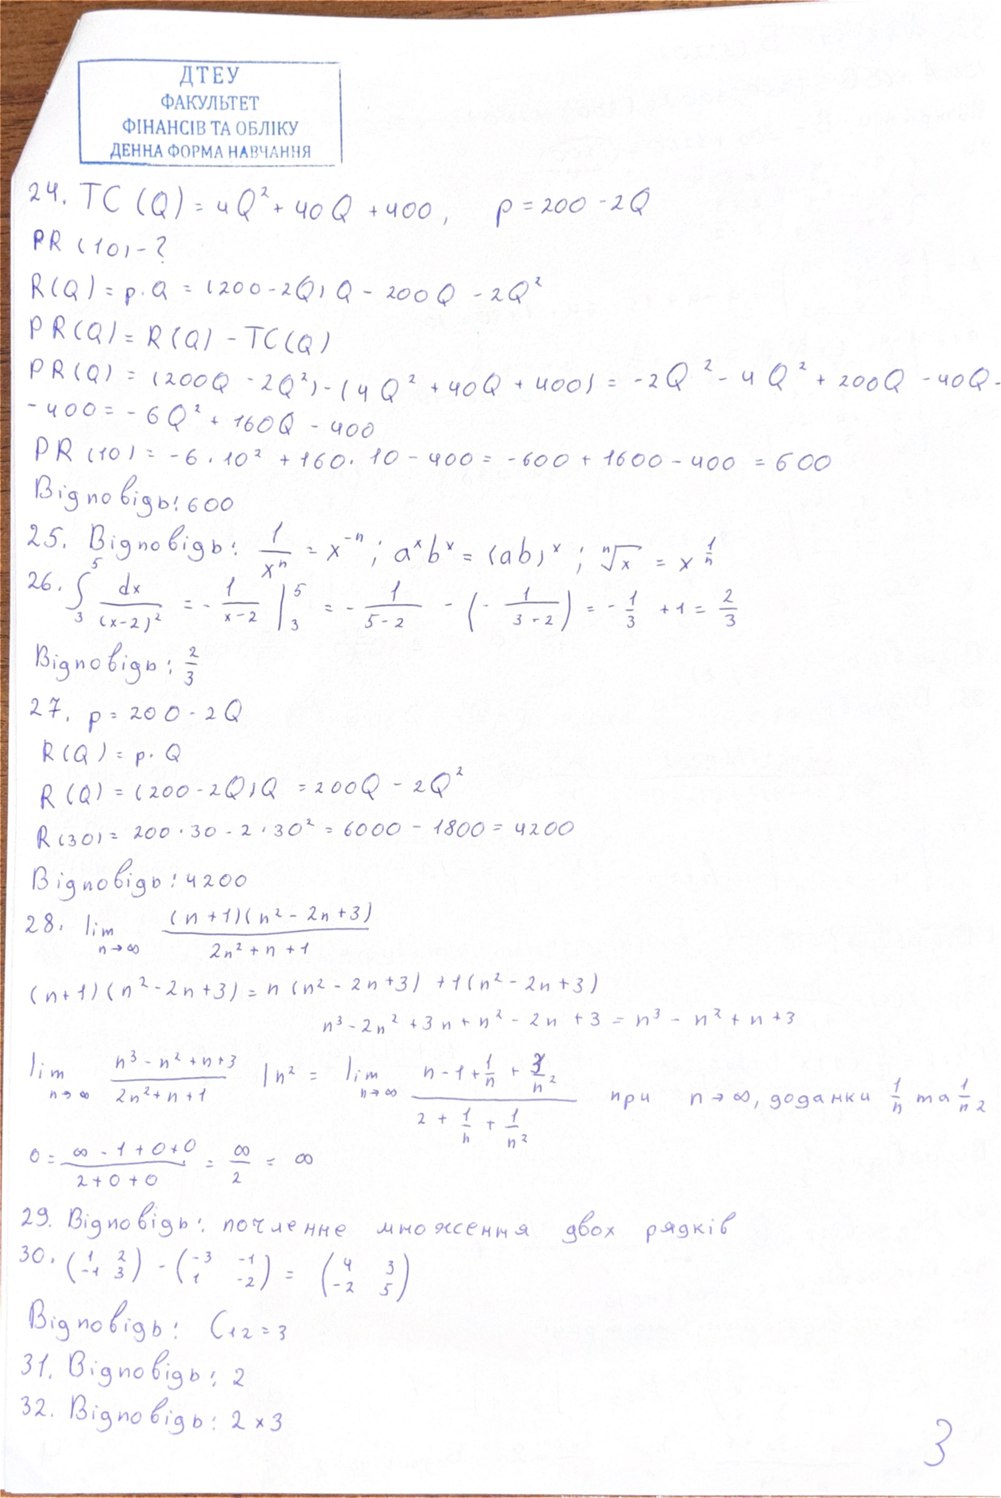
24. TC (Q) = 4 Q^2 + 40 Q + 400, p = 200 - 2 Q
PR (10)-?
R(Q) = p . Q = (200 - 2Q) Q = 200 Q - 2Q^2
PR(Q) = R(Q) - TC(Q)
PR(Q) = (200Q - 2Q^2) - (4Q^2 + 40Q + 400) = -2Q^2 - 4Q^2 + 200Q - 40Q -
-400 = -6Q^2 + 160Q - 400
PR (10) = -6 . 10^2 + 160 * 10 - 400 = -600 + 1600 - 400 = 600
Відповідь: 600
25. Відповідь: \frac{1}{x^n} = x^{-n}; \quad a^x b^x = (ab)^x; \quad \sqrt[n]{x} = x^{\frac{1}{n}}
26. ∫₃⁵ dx / (x-2)² = - 1 / (x-2) |₃⁵ = - 1 / (5-2) - (- 1 / (3-2)) = - 1/3 + 1 = 2/3
Відповідь: 2/3
27. p = 200 - 2 Q
R(Q) = p · Q
R(Q) = (200 - 2Q)Q = 200Q - 2Q^2
R(30) = 200 · 30 - 2 · 30² = 6000 - 1800 = 4200
Відповідь: 4200
28. lim  n →∞  (n + 1)(n^2 - 2n + 3) / 2n2 + n +1
(n + 1) (n^2 - 2n + 3) = n (n^2 - 2n + 3) + 1 (n^2 - 2n + 3)
n^3 - 2n^2 + 3n + n^2 - 2n + 3 = n^3 - n^2 + n + 3
lim n -> infinity (n^3 - n^2 + n + 3) / (2n^2 + n + 1) | n^2 = lim n -> infinity (n - 1 + 1/n + 3/n^2) / (2 + 1/n + 1/n^2) при n -> infinity, доданки 1/n та 1/n^2
0 = (∞ - 1 + 0 + 0) / (2 + 0 + 0) = ∞ / 2 = ∞
29. Відповідь: почленне множення двох рядків
30. (1 2; -1 3) - (-3 -1; 1 -2) = (4 3; -2 5)
Відповідь: C12 = 3
31. Відповідь: 2
32. Відповідь: 2 x 3
3